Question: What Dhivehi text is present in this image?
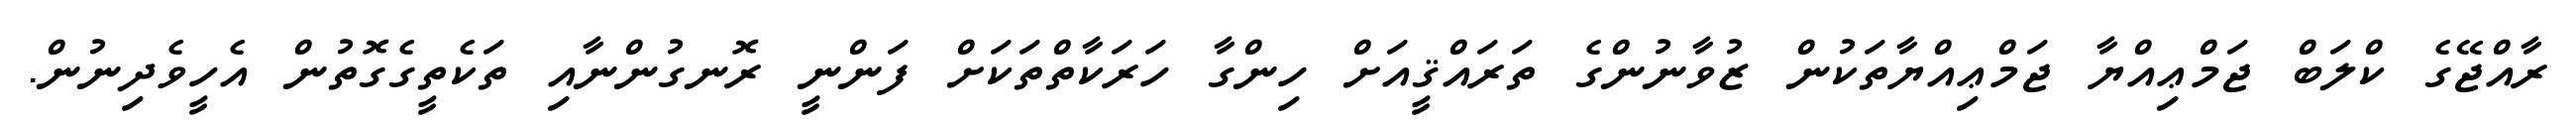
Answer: ރާއްޖޭގެ ކްލަބް ޖަމްޢިއްޔާ ޖަމްޢިއްޔާތަކުން ޒުވާނުންގެ ތަރައްޤީއަށް ހިންގާ ހަރަކާތްތަކަށް ފަންނީ ރޮނގުންނާއި ތަކެތީގެގޮތުން އެހީވެދިނުން.